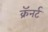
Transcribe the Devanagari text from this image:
क्रॅनर्ट